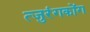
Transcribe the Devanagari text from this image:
त्जुरंगकोंग